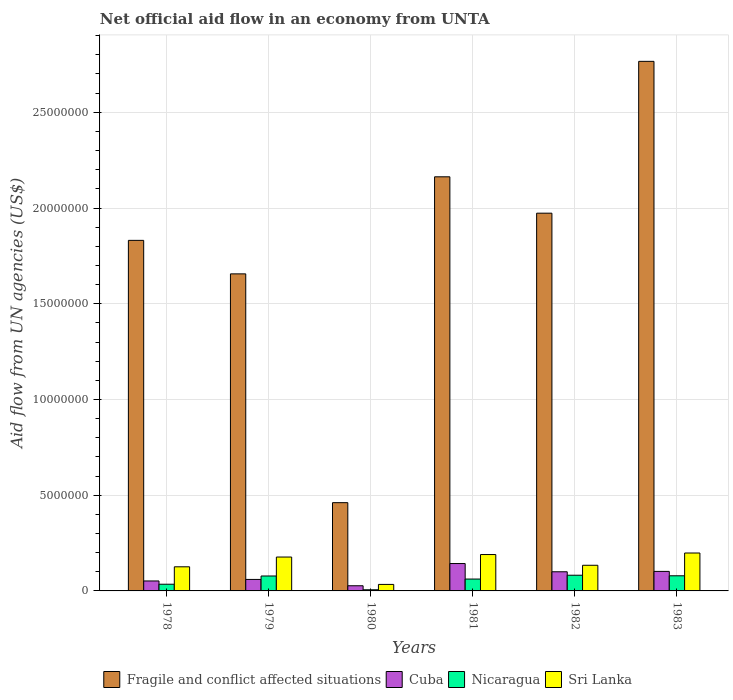
| Years | Fragile and conflict affected situations | Cuba | Nicaragua | Sri Lanka |
 | --- | --- | --- | --- | --- |
 | 1978 | 1.83e+07 | 5.2e+05 | 3.5e+05 | 1.26e+06 |
 | 1979 | 1.66e+07 | 6e+05 | 7.8e+05 | 1.77e+06 |
 | 1980 | 4.61e+06 | 2.7e+05 | 6e+04 | 3.4e+05 |
 | 1981 | 2.16e+07 | 1.43e+06 | 6.2e+05 | 1.9e+06 |
 | 1982 | 1.97e+07 | 1e+06 | 8.2e+05 | 1.34e+06 |
 | 1983 | 2.77e+07 | 1.02e+06 | 7.9e+05 | 1.98e+06 |